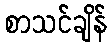
စာသင်ချိန်